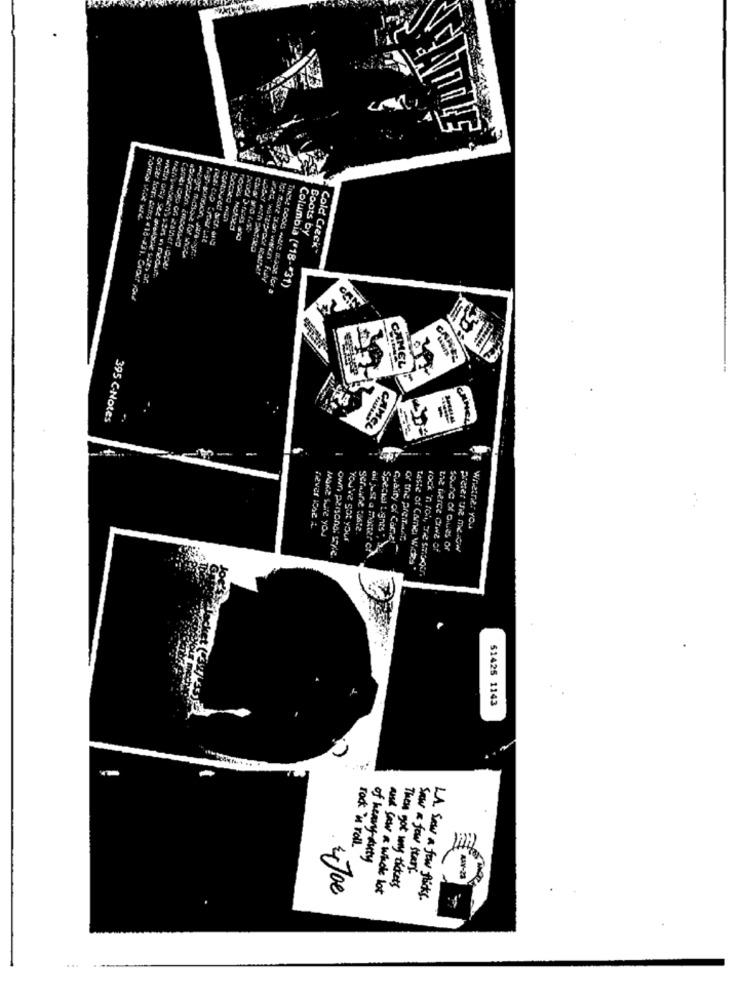
Boots by
contoured sucr. org
Pagh poration, dara bont
Cold Creek"
Cardi Bgp on Rather seper
Wed, waterproof Rather
wain only see available with ar
Columbia ("18 -* 31)
TIMES BOOKS were 0.33e for a
CARA
CAMEL
395 C-Notes
CAMEL
never 1002 &
MAKE Sure you
You've got your
quality of Care!
of the presfact
own personal style
Special Lignes ",
Liz Merce CINE of
Sound of o.Ges of
preter une me itw
taste of Camel Wichs"
rock 'n foh, tre smager.
51425 1143
0
rock'n'roll
of heavy duty
Saw a few stary.
and saw a whole lot
Then got way tickets
LA. Sew a few flicks.